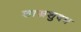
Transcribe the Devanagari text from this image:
शास्त्रशुदध